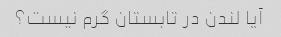
آیا لندن در تابستان گرم نیست؟